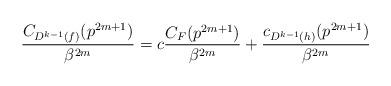
LaTeX: \begin{align*}\dfrac{C_{D^{k-1}(f)}(p^{2m+1})}{\beta^{2m}}=c \dfrac{C_{F}(p^{2m+1})}{\beta^{2m}}+\dfrac{c_{D^{k-1}(h)}(p^{2m+1})}{\beta^{2m}}\end{align*}